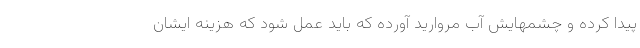
پیدا کرده و چشمهایش آب مروارید آورده که باید عمل شود که هزینه ایشان